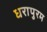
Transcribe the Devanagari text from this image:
धरापुरम